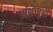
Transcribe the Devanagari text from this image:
आशोपुरी